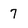
Character: 7